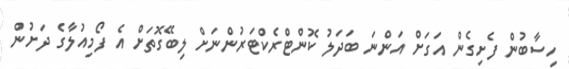
ހިސާބުން ފެށިގެން އަގަށް އަންނަ ބަދަލު ކޮންޓްރެކްޓަރުންނަށް ލިބޭގޮތަށް އެ ފޯމިއުލާގެ ދަށުން